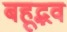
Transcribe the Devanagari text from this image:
बहूद्भव